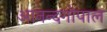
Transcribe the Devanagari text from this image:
आनन्दगोपाल